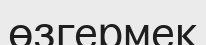
өзгермек